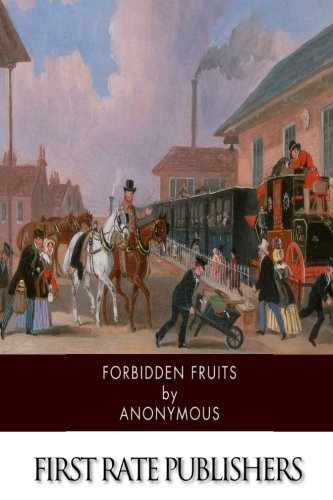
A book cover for Forbidden Fruits: A Classic Victorian Erotic Novel; Anonymous; Romance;